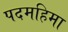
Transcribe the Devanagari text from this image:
पदमहिमा